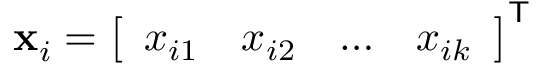
\mathbf { x } _ { i } = { \left[ \begin{array} { l l l l } { x _ { i 1 } } & { x _ { i 2 } } & { \dots } & { x _ { i k } } \end{array} \right] } ^ { \mathsf { T } }